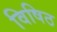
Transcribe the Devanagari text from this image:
विषिठ